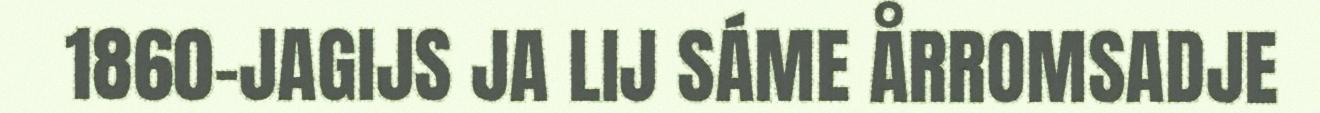
1860-JAGIJS JA LIJ SÁME ÅRROMSADJE